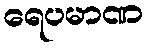
ရေပမာဏ